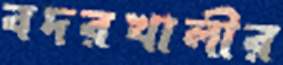
বদরখালীর